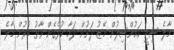
މާލެ ސިޓީ ކައުންސިލުން މޭޒު ދަށުން ދަމާ ކުޅެގެން ވާތު ބުރުން މާލެ